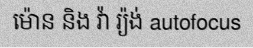
ម៉ោន និង វ៉ា រ្យ៉ង់ autofocus